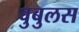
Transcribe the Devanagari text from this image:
वुबुलस